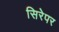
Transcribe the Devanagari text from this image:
सिरेपर